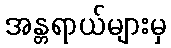
အန္တရာယ်များမှ